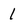
Character: 1